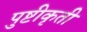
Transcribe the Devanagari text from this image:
पुष्टीकृती